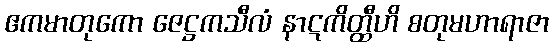
ဧကမာတုကော ဇေဋ္ဌကသီလံ နာဋကိတ္ထီဟိ စတုမဟာရာဇာ